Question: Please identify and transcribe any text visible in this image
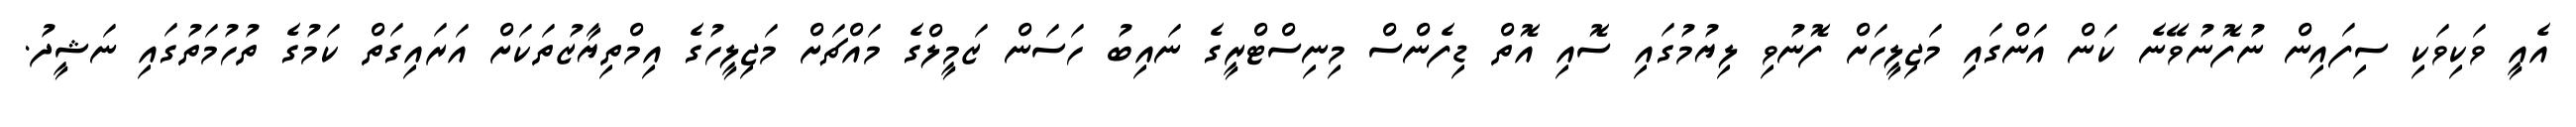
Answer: އެއީ ވަކިވަކި ސިފައިން ނުފޮނުވޭނެ ކަން އަންގައި މަޖިލީހަށް ފޮނުވި ލިޔުމުގައި ސޮއި އޮތް ޑިފެންސް މިނިސްޓްރީގެ ނައިބު ހަސަން ޒަމީލްގެ މައްޗަށް މަޖިލީހުގެ އިމްތިޔާޒުތަކަށް އަރައިގަތް ކަމުގެ ތުހުމަތުގައި ނަޝީދު.